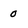
Character: 0